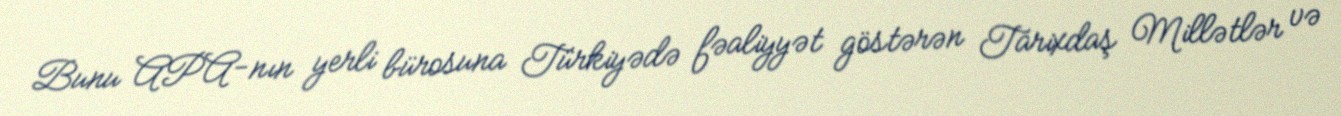
Bunu APA-nın yerli bürosuna Türkiyədə fəaliyyət göstərən Tarixdaş Millətlər və